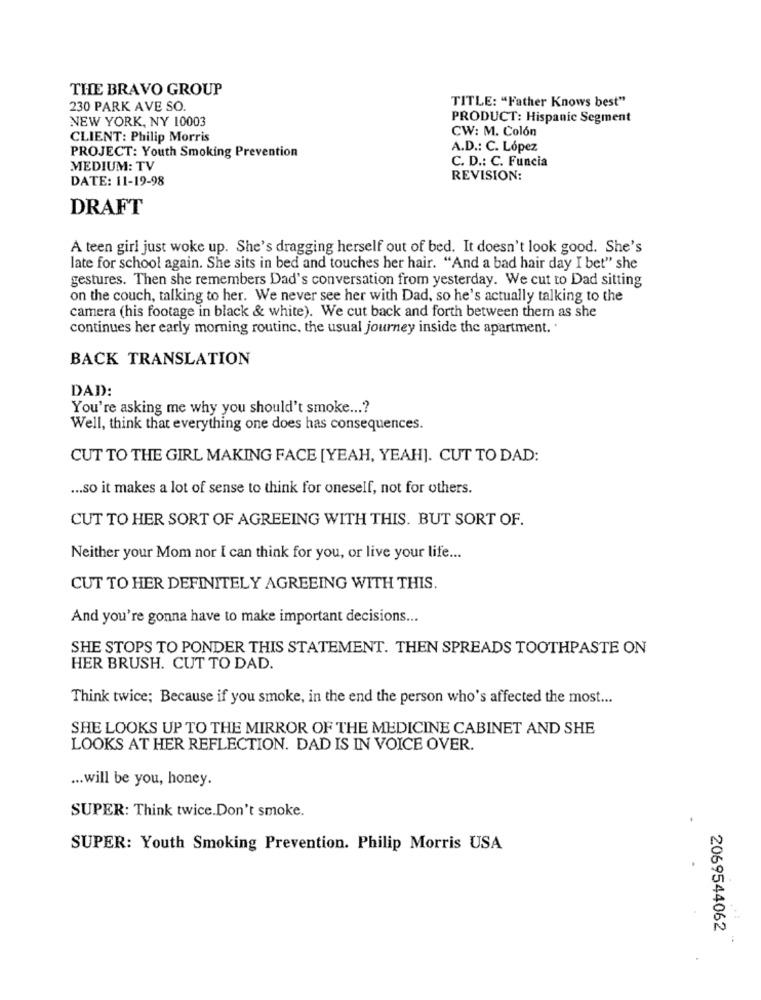
THE BRAVO GROUP
230 PARK AVE SO.
TITLE: "Father Knows best"
NEW YORK, NY 10003
PRODUCT: Hispanic Segment
CW: M. Colón
CLIENT: Philip Morris
A.D .: C. López
PROJECT: Youth Smoking Prevention
C. D .: C. Funcia
MEDIUM: TV
DATE: 11-19-98
REVISION:
DRAFT
A teen girl just woke up. She's dragging herself out of bed. It doesn't look good. She's
late for school again. She sits in bed and touches her hair. "And a bad hair day I bet" she
gestures. Then she remembers Dad's conversation from yesterday. We cut to Dad sitting
on the couch, talking to her. We never see her with Dad, so he's actually talking to the
camera (his footage in black & white). We cut back and forth between them as she
continues her early morning routine, the usual journey inside the apartment. .
BACK TRANSLATION
DAD:
You're asking me why you should't smoke ...?
Well, think that everything one does has consequences.
CUT TO THE GIRL MAKING FACE [YEAH, YEAH]. CUT TO DAD:
... so it makes a lot of sense to think for oneself, not for others.
CUT TO HER SORT OF AGREEING WITH THIS. BUT SORT OF.
Neither your Mom nor I can think for you, or live your life ...
CUT TO HER DEFINITELY AGREEING WITH THIS.
And you're gonna have to make important decisions ...
SHE STOPS TO PONDER THIS STATEMENT. THEN SPREADS TOOTHPASTE ON
HER BRUSH. CUT TO DAD.
Think twice; Because if you smoke, in the end the person who's affected the most ...
SHE LOOKS UP TO THE MIRROR OF THE MEDICINE CABINET AND SHE
LOOKS AT HER REFLECTION. DAD IS IN VOICE OVER.
... will be you, honey.
SUPER: Think twice.Don't smoke.
SUPER: Youth Smoking Prevention. Philip Morris USA
2069544062